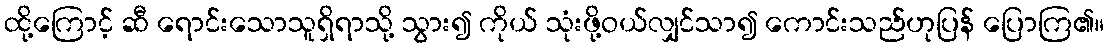
ထို့ကြောင့် ဆီ ရောင်းသောသူရှိရာသို့ သွား၍ ကိုယ် သုံးဖို့ဝယ်လျှင်သာ၍ ကောင်းသည်ဟုပြန် ပြောကြ၏။